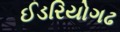
ઈડરિયોગઢ